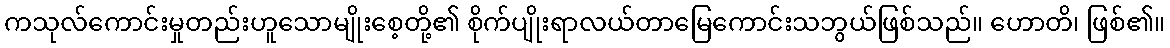
ကသုလ်ကောင်းမှုတည်းဟူသောမျိုးစေ့တို့၏ စိုက်ပျိုးရာလယ်တာမြေကောင်းသဘွယ်ဖြစ်သည်။ ဟောတိ၊ ဖြစ်၏။